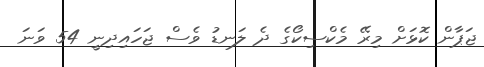
ޖަޕާން ކޮޅަށް މިރޭ މެކްސިކޯގެ ދެ ލަނޑު ވެސް ޖަހައިދިނީ 54 ވަނަ